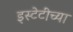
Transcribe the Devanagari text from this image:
इस्टेटींच्या